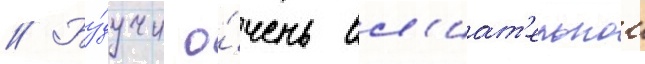
// Бу́дучи о́чень вл'иат'ельнои